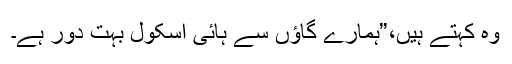
وہ کہتے ہیں،”ہمارے گاؤں سے ہائی اسکول بہت دور ہے۔